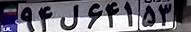
۹۴ل۶۴۱۵۳